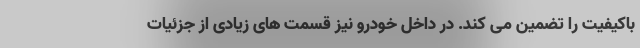
باکیفیت را تضمین می کند. در داخل خودرو نیز قسمت های زیادی از جزئیات